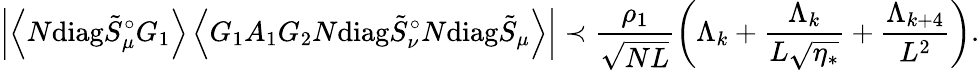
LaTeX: \left|\left\langle{N\mathrm{diag}\tilde{S}_{\mu}^{\circ}G_{1}}\right\rangle\left\langle{G_{1}A_{1}G_{2}N\mathrm{diag}\tilde{S}_{\nu}^{\circ}N\mathrm{diag}\tilde{S}_{\mu}}\right\rangle\right|\prec\frac{\rho_{1}}{\sqrt{NL}}\left(\Lambda_{k}+\frac{\Lambda_{k}}{L\sqrt{\eta_{*}}}+\frac{\Lambda_{k+4}}{L^{2}}\right).